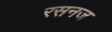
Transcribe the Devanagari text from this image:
रसनज